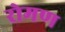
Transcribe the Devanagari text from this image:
रोमण